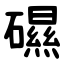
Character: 礘